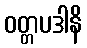
ဝတ္တပဒါနိ